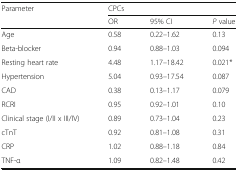
<table><thead><tr><td rowspan="2"><b>Parameter</b></td><td colspan="3"><b>CPCs</b></td></tr><tr><td><b>OR</b></td><td><b>95% CI</b></td><td><b><i>P</i> value</b></td></tr></thead><tbody><tr><td>Age</td><td>0.58</td><td>0.22–1.62</td><td>0.13</td></tr><tr><td>Beta-blocker</td><td>0.94</td><td>0.88–1.03</td><td>0.094</td></tr><tr><td>Resting heart rate</td><td>4.48</td><td>1.17–18.42</td><td>0.021*</td></tr><tr><td>Hypertension</td><td>5.04</td><td>0.93–17.54</td><td>0.087</td></tr><tr><td>CAD</td><td>0.38</td><td>0.13–1.17</td><td>0.079</td></tr><tr><td>RCRI</td><td>0.95</td><td>0.92–1.01</td><td>0.10</td></tr><tr><td>Clinical stage (I/II x III/IV)</td><td>0.89</td><td>0.73–1.04</td><td>0.23</td></tr><tr><td>cTnT</td><td>0.92</td><td>0.81–1.08</td><td>0.31</td></tr><tr><td>CRP</td><td>1.02</td><td>0.88–1.18</td><td>0.84</td></tr><tr><td>TNF-α</td><td>1.09</td><td>0.82–1.48</td><td>0.42</td></tr></tbody></table>